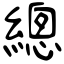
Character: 總